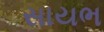
સાયભ